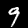
Label: 9